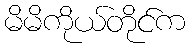
မိမိကိုယ်တိုင်က